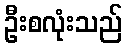
ဦးစလုံးသည်